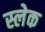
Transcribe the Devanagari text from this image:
स्लेक